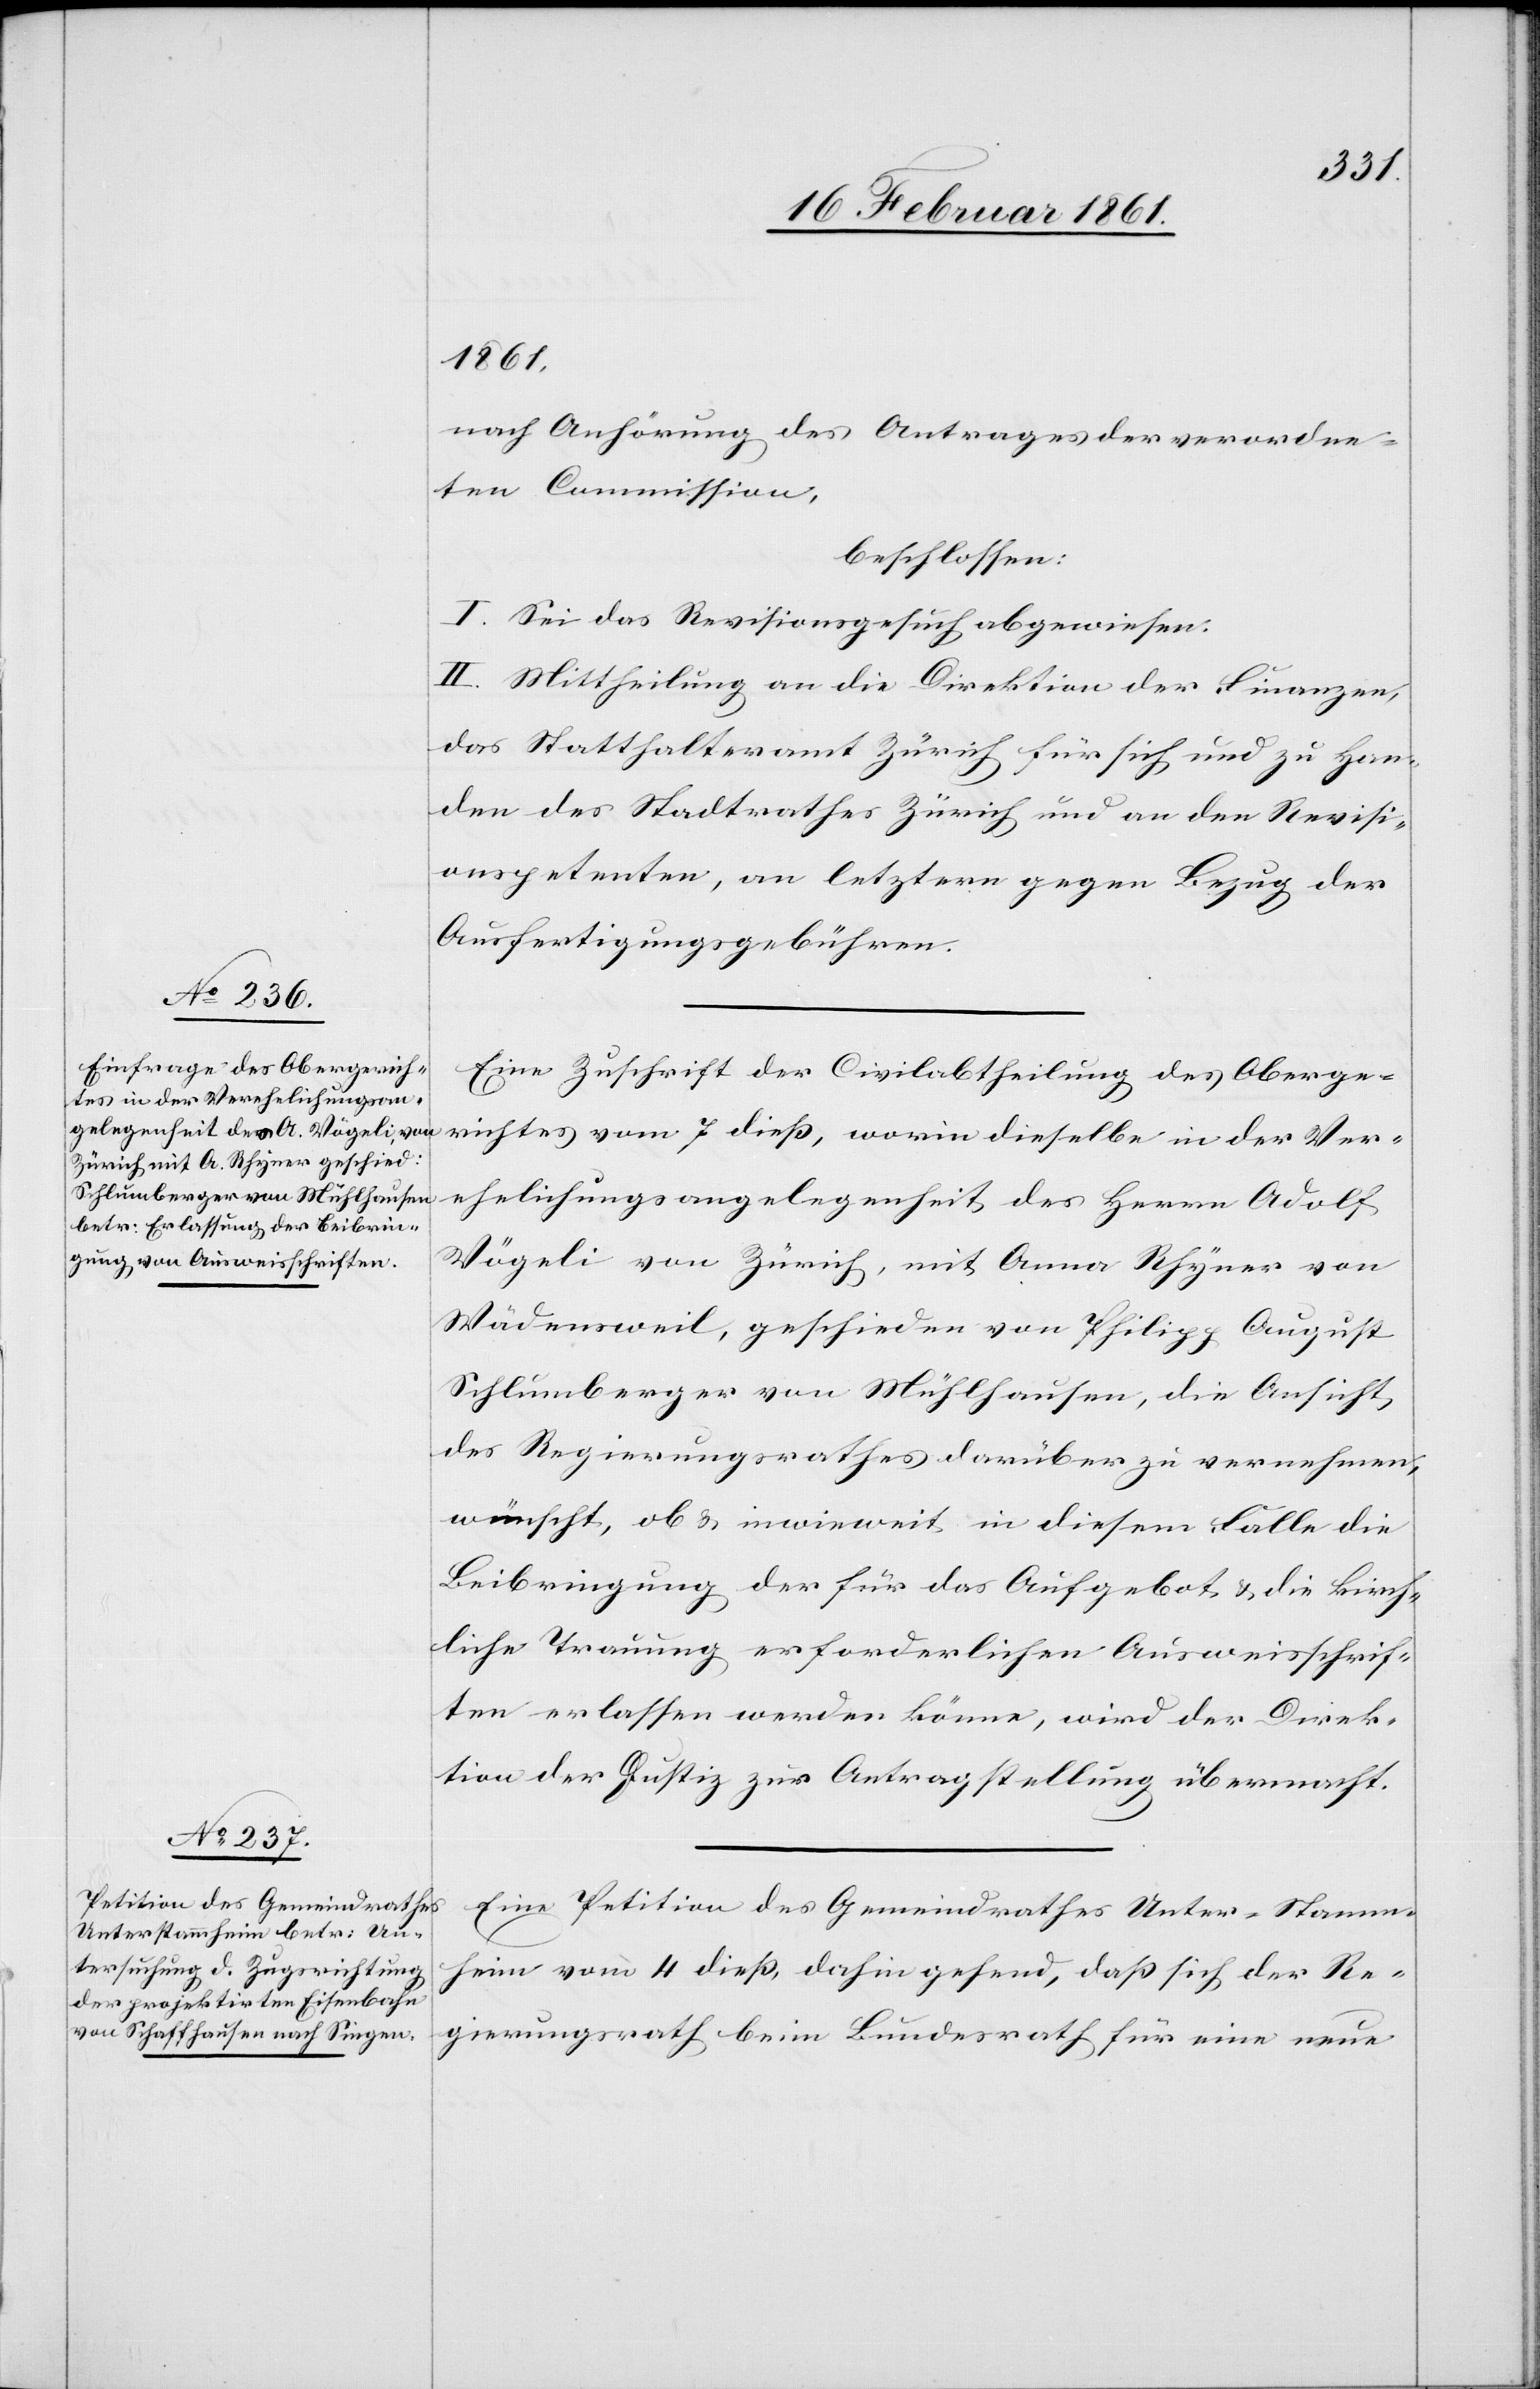
1861,
nach Anhörung des Antrages der verordne¬
ten Commission,
beschlossen:
I. Sei das Revisionsgesuch abgewiesen.
II. Mittheilung an die Direktion der Finanzen,
das Statthalteramt Zürich für sich und zu Han¬
den des Stadtrathes Zürich und an den Revisi¬
onspetenten, an letztern gegen Bezug der
Ausfertigungsgebühren.
Eine Zuschrift der Civilabtheilung des Oberge¬
richtes vom 7. diess, worin dieselbe in der Ver¬
ehelichungsangelegenheit des Herrn Adolf
Vögeli von Zürich, mit Anna Rhyner von
Wädensweil, geschieden von Philipp August
Schlumberger von Mühlhausen, die Ansicht
des Regierungsrathes darüber zu vernehmen
wünscht, ob u. inwieweit in diesem Falle die
Beibringung der für das Aufgebot u. die kirch¬
liche Trauung erforderlichen Ausweisschrif¬
ten erlassen werden könne, wird der Direk¬
tion der Justiz zur Antragstellung übermacht.
Eine Petition des Gemeindrathes Unter-Stamm¬
heim vom 4. diess, dahin gehend, daß sich der Re¬
gierungsrath beim Bundesrath für eine neue